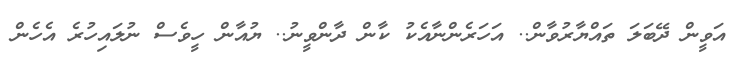
އަވީން ދޭބަލަ ތައްޔާރުވާން.. އަހަރެންނާއެކު ކާން ދާންވީނު.. ޔުއާން ހީވެސް ނުލައިހުރެ އެހެން